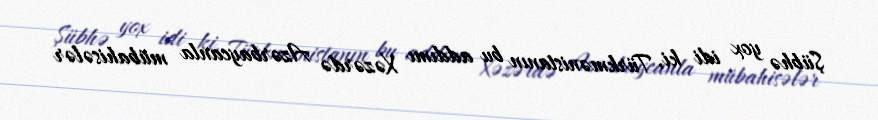
Şübhə yox idi ki, Türkmənistanın bu addımı Xəzərdə Azərbaycanla mübahisələr